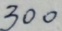
3 0 0